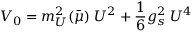
V _ { 0 } = m _ { U } ^ { 2 } ( \bar { \mu } ) \; U ^ { 2 } + \frac { 1 } { 6 } g _ { s } ^ { 2 } \; U ^ { 4 }